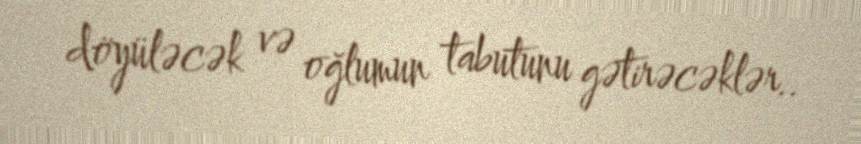
döyüləcək və oğlumun tabutunu gətirəcəklər..